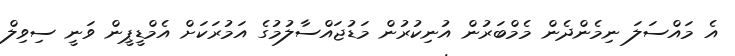
އެ މައްސަލަ ނިމެންދެން މެމްބަރުން އުނިކުރުން މަޑުޖައްސާލުމުގެ އަމުރަކަށް އެމްޑީޕީން ވަނީ ސިވިލް